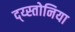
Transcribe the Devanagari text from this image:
द्य्स्तोनिया